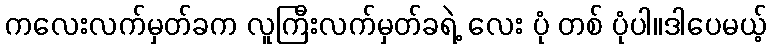
ကလေးလက်မှတ်ခက လူကြီးလက်မှတ်ခရဲ့ လေး ပုံ တစ် ပုံပါ။ဒါပေမယ့်